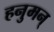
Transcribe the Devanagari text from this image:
हनुमन्